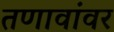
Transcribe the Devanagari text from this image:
तणावांवर